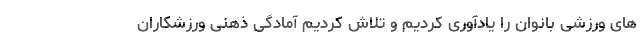
های ورزشی بانوان را یادآوری کردیم و تلاش کردیم آمادگی ذهنی ورزشکاران